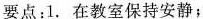
要点：1. 在教室保持安静；